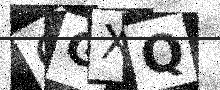
Text: QGXQ